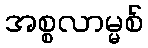
အစ္စလာမ္မစ်